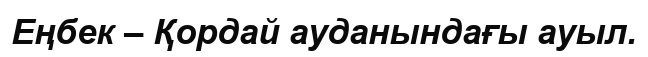
Еңбек – Қордай ауданындағы ауыл.